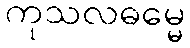
ကုသလဓမ္မေ